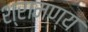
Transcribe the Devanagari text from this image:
श्रामण्य